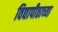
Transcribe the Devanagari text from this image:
विद्यापीठाच्‍या